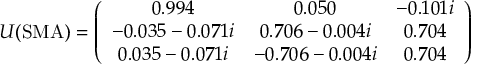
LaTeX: U ( \mathrm { S M A } ) = \left( \begin{array} { c c c } { { 0 . 9 9 4 } } & { { 0 . 0 5 0 } } & { { - 0 . 1 0 1 i } } \\ { { - 0 . 0 3 5 - 0 . 0 7 1 i } } & { { 0 . 7 0 6 - 0 . 0 0 4 i } } & { { 0 . 7 0 4 } } \\ { { 0 . 0 3 5 - 0 . 0 7 1 i } } & { { - 0 . 7 0 6 - 0 . 0 0 4 i } } & { { 0 . 7 0 4 } } \end{array} \right)